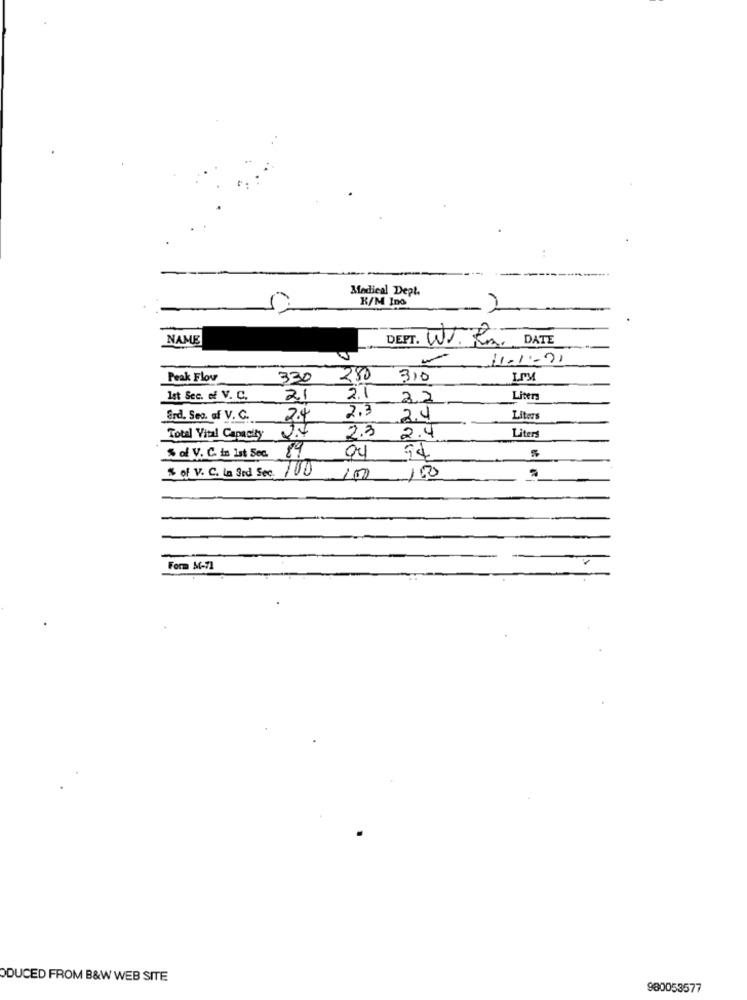
Medical Dept.
K/M Ino
NAME
DEPT. WJ. Kmi
DATE
11-1-21
Peak Flow
330
280
310
Ist Sec. of V. C.
21
2.1
22
Liter
2.3
Erd, Seo. of V. C.
2.4
24
Liters
2.3
Total Vital Capacity
2.7
2.4
Liters
89
04
% of V. C. in Ist Sec.
94
% of V. C. La 3rd Sec. 100
100
100
Form M-71
ODUCED FROM B&W WEB SITE
960053577